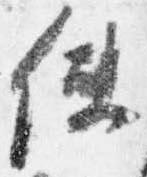
使